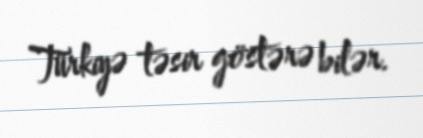
Türkiyə təsir göstərə bilər.